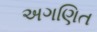
અગણિત